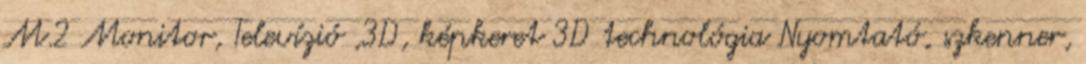
M.2 Monitor, Televízió ,3D, képkeret 3D technológia Nyomtató, szkenner,